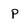
Character: p